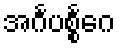
အင်္ဂပစ္စင်္ဂေ